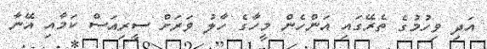
އަދި ވިހުމުގެ ތެރޭގައި އަންހެން މީހާގެ ހާލު ވަރަށް ސީރިއަސް ކަމާއި އޭނާ